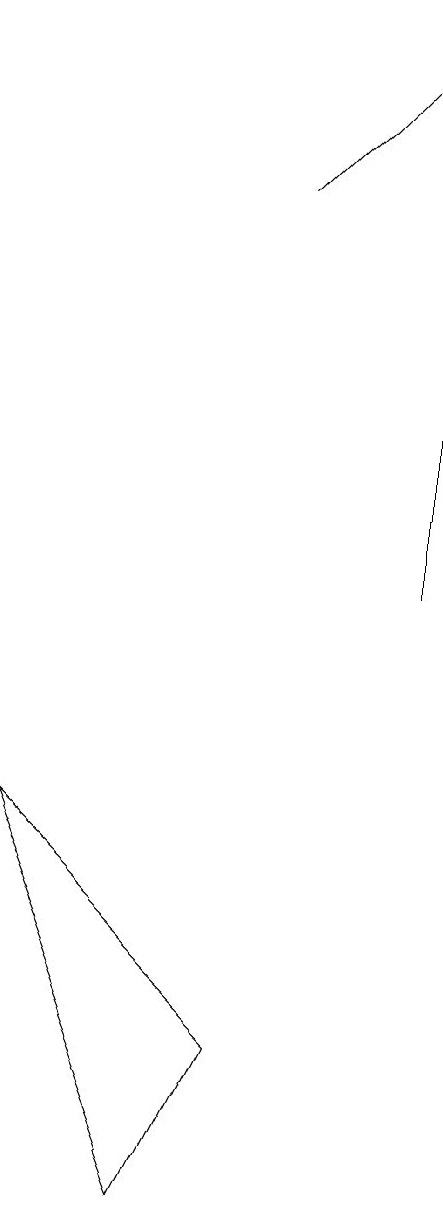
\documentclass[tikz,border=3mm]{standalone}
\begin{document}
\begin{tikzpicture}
\draw[->] (6,15) -- (8,17);
\draw[->] (8,10) -- (8,13);
\draw (3,7) -- (5,2) -- (6,4) -- cycle;
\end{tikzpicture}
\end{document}